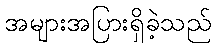
အများအပြားရှိခဲ့သည်